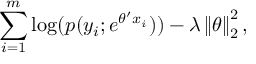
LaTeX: \sum _ { i = 1 } ^ { m } \log ( p ( y _ { i } ; e ^ { \theta ^ { \prime } x _ { i } } ) ) - \lambda \left\| \theta \right\| _ { 2 } ^ { 2 } ,